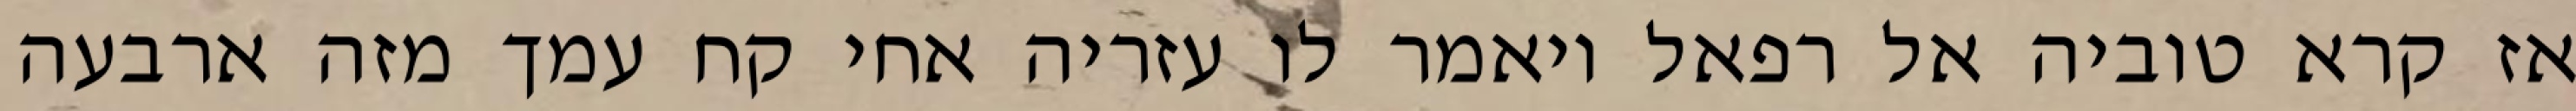
אז קרא טוביה אל רפאל ויאמר לו עזריה אחי קח עמך מזה ארבעה